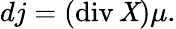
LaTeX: dj=(\operatorname{div}\mathit{X})\mu.